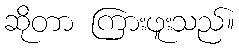
ဆိုတာ ကြားဖူးသည်။